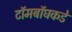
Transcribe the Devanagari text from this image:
टॉमबॉघकडे